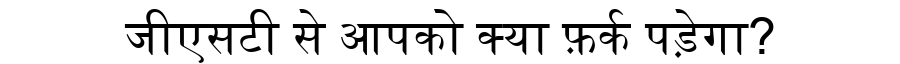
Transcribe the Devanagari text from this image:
जीएसटी से आपको क्या फ़र्क पड़ेगा?